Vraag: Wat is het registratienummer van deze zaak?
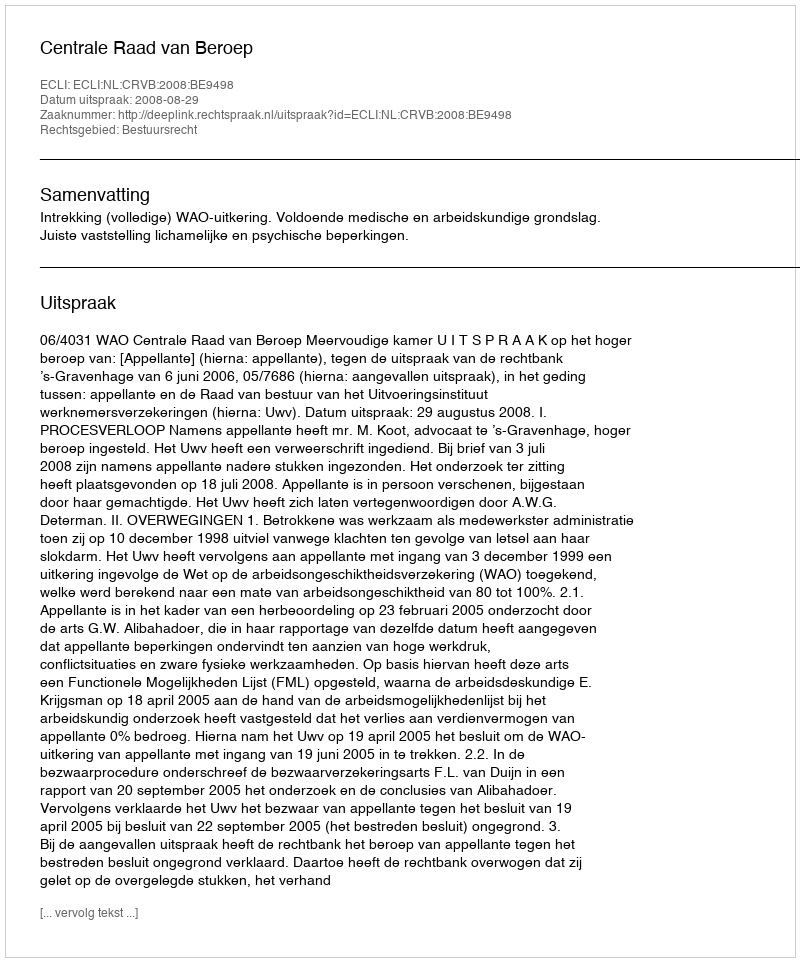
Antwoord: http://deeplink.rechtspraak.nl/uitspraak?id=ECLI:NL:CRVB:2008:BE9498